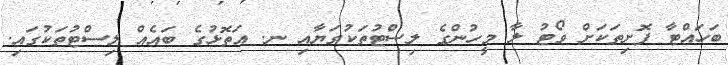
ބަހައްޓާ ފޮށިތަކަށް ވޯޓު ލާ މީހުންގެ ލިސްޓުތަކުގަޔާއި ނ. އަތޮޅުގެ ބައެއް ލިސްޓުތަކުގައި.